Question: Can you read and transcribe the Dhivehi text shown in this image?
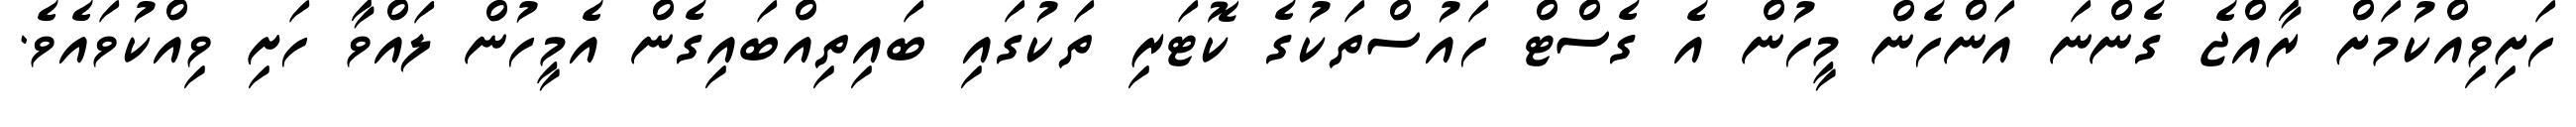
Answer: ހަށިވިއްކުމަށް ރާއްޖެ ގެންނަ އަންހެން މީހުން އެ ގެސްޓް ހައުސްތަކުގެ ކޮޓަރި ތަކުގައި ބައިތިއްބައިގެން އެމީހުން ލައްވާ ހަށި ވިއްކުވައެވެ.